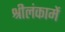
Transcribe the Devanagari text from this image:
श्रीलंकामें